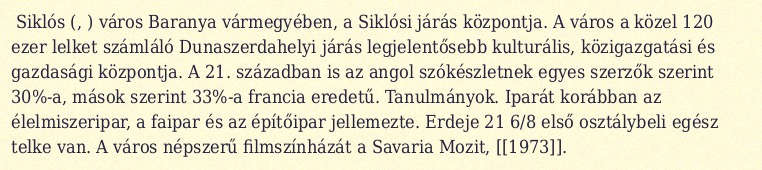
Siklós (, ) város Baranya vármegyében, a Siklósi járás központja. A város a közel 120 ezer lelket számláló Dunaszerdahelyi járás legjelentősebb kulturális, közigazgatási és gazdasági központja. A 21. században is az angol szókészletnek egyes szerzők szerint 30%-a, mások szerint 33%-a francia eredetű. Tanulmányok. Iparát korábban az élelmiszeripar, a faipar és az építőipar jellemezte. Erdeje 21 6/8 első osztálybeli egész telke van. A város népszerű filmszínházát a Savaria Mozit, [[1973]].